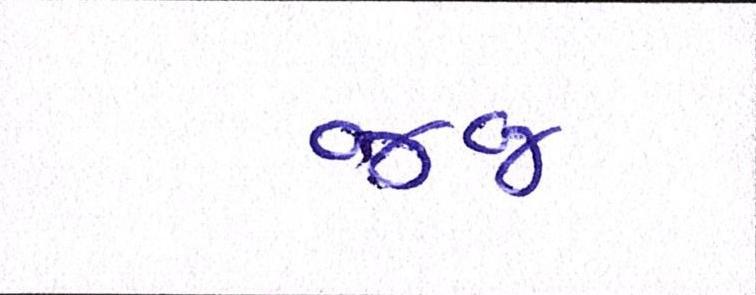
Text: જજ